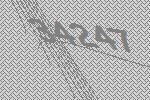
34247